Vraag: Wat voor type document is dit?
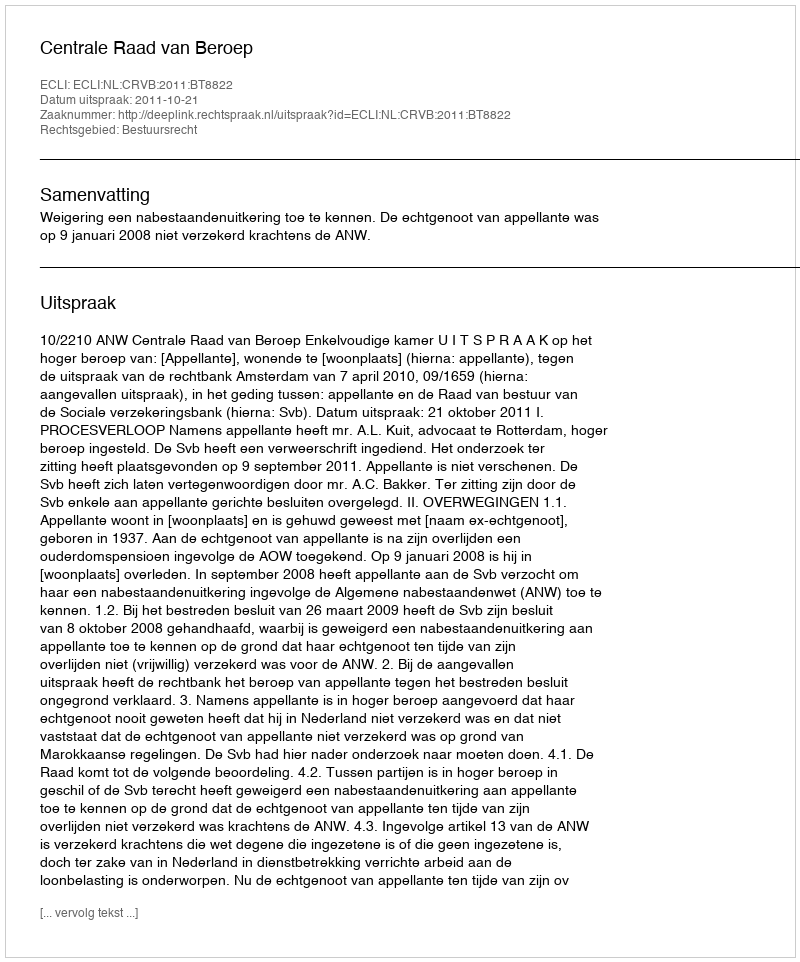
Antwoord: Uitspraak